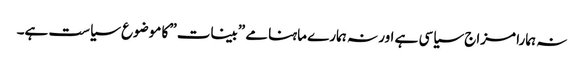
نہ ہمارا مزاج سیاسی ہے اور نہ ہمارے ماہنامے ”بینات” کا موضوع سیاست ہے۔